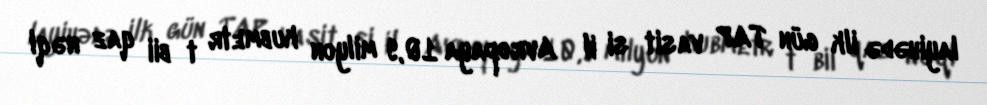
layihədə ilk gün TAP vasitǝsi ilǝ Avropaya 10,9 milyon kubmetr tǝbii qaz nəql